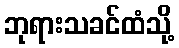
ဘုရားသခင်ထံသို့